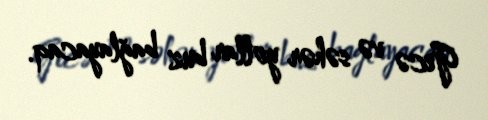
Gecə və səhər yollar buz bağlayacaq.